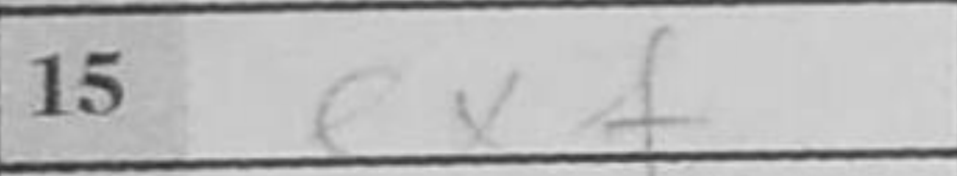
Transcription: exf